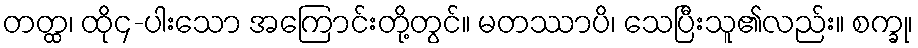
တတ္ထ၊ ထို၄-ပါးသော အကြောင်းတို့တွင်။ မတဿာပိ၊ သေပြီးသူ၏လည်း။ စက္ခု၊